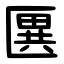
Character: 㔴